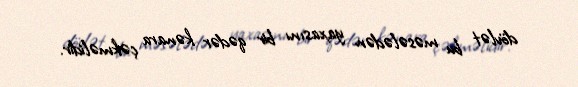
dövlət bu məsələdən yaxasını bir qədər kənara çəkməlidir.